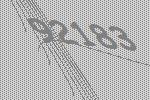
92183